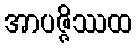
အာပဇ္ဇိဿထ